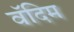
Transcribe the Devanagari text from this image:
वॅदिम